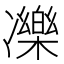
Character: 𠘙